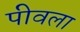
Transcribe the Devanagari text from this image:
पीवला